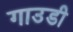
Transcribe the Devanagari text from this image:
गाउडी